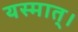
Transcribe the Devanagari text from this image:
यस्मात्।